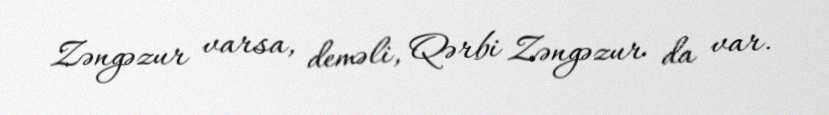
Zəngəzur varsa, deməli, Qərbi Zəngəzur da var.